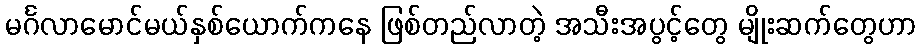
မင်္ဂလာမောင်မယ်နှစ်ယောက်ကနေ ဖြစ်တည်လာတဲ့ အသီးအပွင့်တွေ မျိုးဆက်တွေဟာ